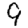
Digit: 9